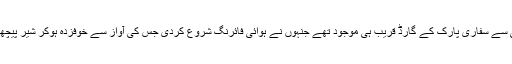
خوش قسمتی سے سفاری پارک کے گارڈ قریب ہی موجود تھے جنہوں نے ہوائی فائرنگ شروع کردی جس کی آواز سے خوفزدہ ہوکر شیر پیچھے ہٹ گئے۔